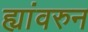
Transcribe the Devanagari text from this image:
ह्यांवरुन